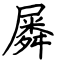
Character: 𡳞